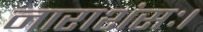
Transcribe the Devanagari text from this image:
नाराशंसः।